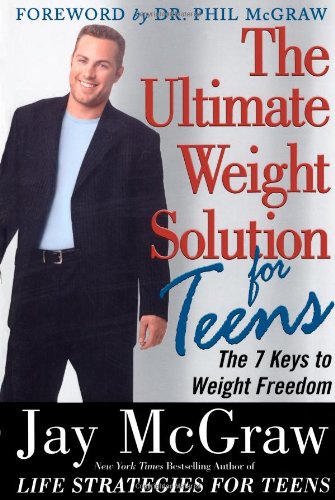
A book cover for The Ultimate Weight Solution for Teens; Jay McGraw; Teen & Young Adult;